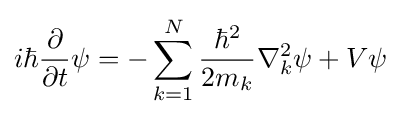
i\hbar {\frac {\partial }{\partial t}}\psi =-\sum _{k=1}^{N}{\frac {\hbar ^{2}}{2m_{k}}}\nabla _{k}^{2}\psi +V\psi